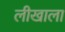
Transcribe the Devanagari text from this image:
लीखाला